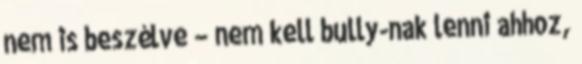
nem is beszélve – nem kell bully-nak lenni ahhoz,